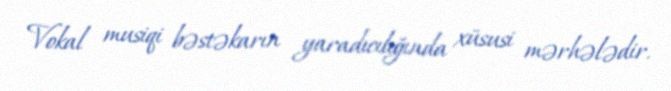
Vokal musiqi bəstəkarın yaradıcılığında xüsusi mərhələdir.